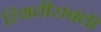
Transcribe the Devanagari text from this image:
स्थितीसंबंधी